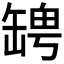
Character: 𦉀